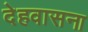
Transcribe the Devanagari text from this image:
देहवासना